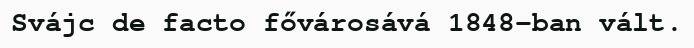
Svájc de facto fővárosává 1848-ban vált.